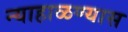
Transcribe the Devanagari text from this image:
न्याहाळण्यास